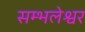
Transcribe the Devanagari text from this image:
सम्भलेश्वर